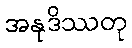
အနုဒိဿတု